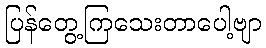
ပြန်တွေ့ကြသေးတာပေါ့ဗျာ